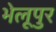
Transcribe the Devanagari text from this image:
भेलूपुर